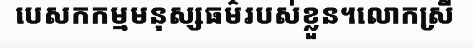
បេសកកម្មមនុស្សធម៌របស់ខ្លួន។លោកស្រី